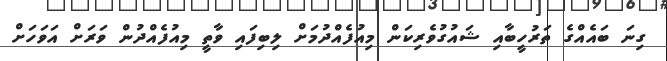
ގިނަ ބައެއްގެ ތަރުހީބާއި ޝައުގުވެރިކަން މިއުފެއްދުމަށް ލިބިފައި ވާތީ މިއުފެއްދުން ވަރަށް އަވަހަށް